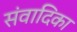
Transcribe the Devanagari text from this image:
संवादिका